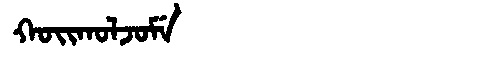
Manchu: ᡴᠣᡳᡴᠣᠯᠵᠣᠮᡝ
Romanization: KOIKOLJOME